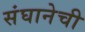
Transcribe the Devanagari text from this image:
संघानेची